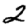
Digit: 2